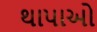
થાપાઓ